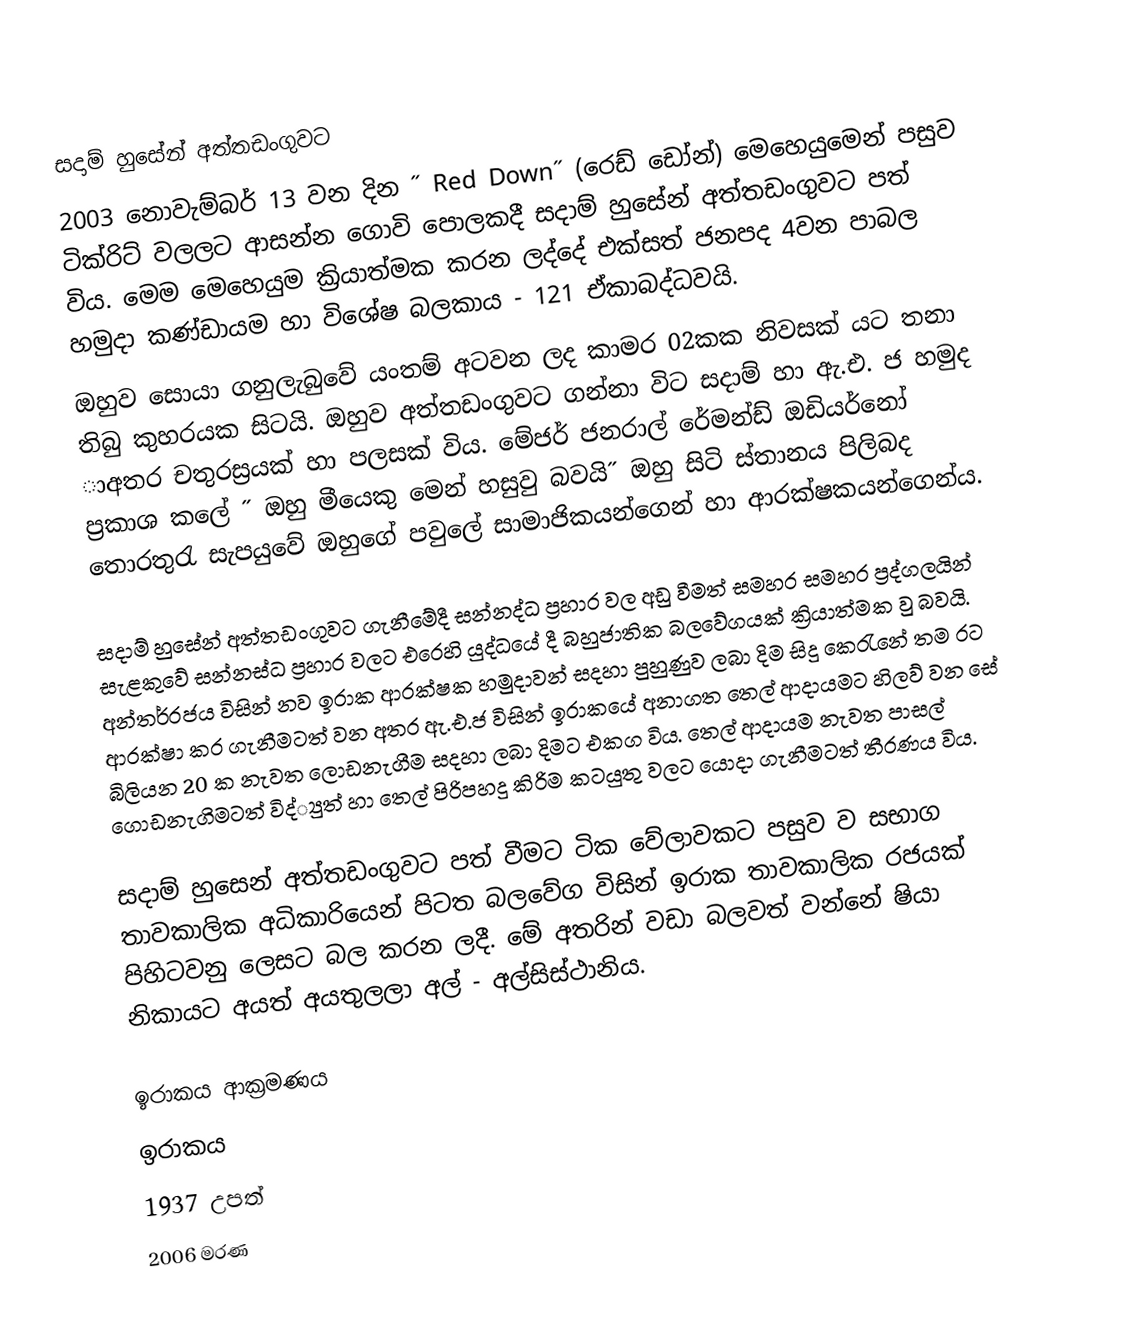
සදාම් හුසේන් අත්තඩංගුවට
2003 නොවැම්බර් 13 වන දින ˝ Red Down˝ (රෙඩ් ඩෝන්) මෙහෙයුමෙන් පසුව ටික්රිට් වලලට ආසන්න ගොවි පොලකදී සදාම් හුසේන් අත්තඩංගුවට පත් විය. මෙම මෙහෙයුම ක්‍රියාත්මක කරන ලද්දේ එක්සත් ජනපද 4වන පාබල හමුදා කණ්ඩායම හා විශේෂ බලකාය - 121 ඒකාබද්ධවයි.
ඔහුව සොයා ගනුලැබුවේ යංතම් අටවන ලද කාමර 02කක නිවසක් යට තනා තිබු කුහරයක සිටයි. ඔහුව අත්තඩංගුවට ගන්නා විට සදාම් හා ඇ.එ. ජ හමුද ාඅතර චතුරස්‍රයක් හා පලසක් විය. මේජර් ජනරාල් රේමන්ඩ් ඔඩියර්නෝ ප්‍රකාශ කලේ ˝ ඔහු මීයෙකු මෙන් හසුවු බවයි˝  ඔහු සිටි ස්තානය පිලිබද තොරතුරැ සැපයුවේ ඔහුගේ පවුලේ සාමාජිකයන්ගෙන් හා ආරක්ෂකයන්ගෙන්ය.

සදාම් හුසේන් අත්තඩංගුවට ගැනීමේදී සන්නද්ධ ප්‍රහාර වල අඩු වීමත් සමහර සමහර ප්‍රද්ගලයින් සැළකුවේ සන්නස්ධ ප්‍රහාර වලට එරෙහි යුද්ධයේ දී බහුජාතික බලවේගයක් ක්‍රියාත්මක වු බවයි. අන්තර්රජය විසින් නව ඉරාක ආරක්ෂක හමුදාවන් සදහා පුහුණුව ලබා දිම සිදු කෙරැනේ තම රට ආරක්ෂා කර ගැනීමටත් වන අතර ඇ.එ.ජ විසින් ඉරාකයේ අනාගත තෙල් ආදායමට හිලව් වන සේ බිලියන 20 ක නැවත ලොඩනැගීම සදහා ලබා දිමට එකග විය. තෙල් ආදායම නැවත පාසල් ගොඩනැගිමටත් විද්්‍යුත් හා තෙල් පිරිපහදු කිරිම කටයුතු වලට යොදා ගැනීමටත් තීරණය  විය.

සදාම් හුසෙන් අත්තඩංගුවට පත් වීමට ටික වේලාවකට පසුව ව සභාග තාවකාලික අධිකාරියෙන් පිටත බලවේග විසින් ඉරාක තාවකාලික රජයක් පිහිටවනු ලෙසට බල කරන ලදී. මේ අතරින් වඩා බලවත් වන්නේ ෂියා නිකායට අයත් අයතුලලා අල් - අල්සිස්ථානිය.

ඉරාකය ආක්‍රමණය
ඉරාකය
1937 උපත්
2006 මරණ